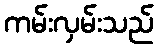
ကမ်းလှမ်းသည်